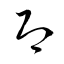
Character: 即